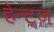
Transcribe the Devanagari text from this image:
हेन्ट्ज़